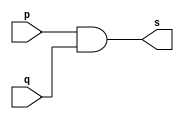
// ------------------------- 
// Exemplo0003 - AND 
// Nome: Lucas Cardoso 
// -------------------------

// ------------------------- 
// -- and gate 
// ------------------------- 
module andgate ( output s, 
input p, 
input q); 
assign s = p & q; 
endmodule // andgate 

// --------------------- 
// -- test and gate 
// --------------------- 
module testandgate; 

// ------------------------- dados locais 
reg a, b; // definir registradores 
wire s; // definir conexao (fio) 

// ------------------------- instancia 
andgate AND1 (s, a, b); 

// ------------------------- preparacao 
initial begin:start 
// atribuicao simultanea 
// dos valores iniciais 
a=0; b=0; 
end 

// ------------------------- parte principal 
initial begin 
$display("Exemplo0003 - Lucas Cardoso - 441694"); 
$display("Test AND gate"); 
$display("\na & b = s\n"); 
a=0; b=0; 
#1 $display("%b & %b = %b", a, b, s); 
a=0; b=1; 
#1 $display("%b & %b = %b", a, b, s); 
a=1; b=0; 
#1 $display("%b & %b = %b", a, b, s); 
a=1; b=1; 
#1 $display("%b & %b = %b", a, b, s); 
end 
endmodule // testandgate